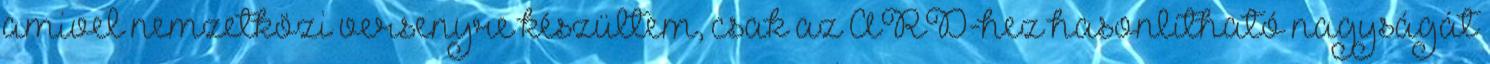
amivel nemzetközi versenyre készültem, csak az ARD-hez hasonlítható nagyságát